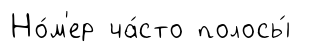
Но́м'ер ча́сто полосы́